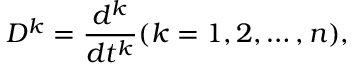
D ^ { k } = { \frac { d ^ { k } } { d t ^ { k } } } ( k = 1 , 2 , \ldots , n ) ,